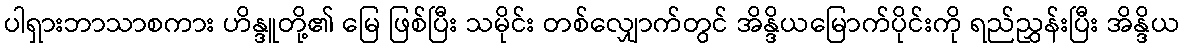
ပါရှားဘာသာစကား ဟိန္ဒူတို့၏ မြေ ဖြစ်ပြီး သမိုင်း တစ်လျှောက်တွင် အိန္ဒိယမြောက်ပိုင်းကို ရည်ညွှန်းပြီး အိန္ဒိယ